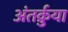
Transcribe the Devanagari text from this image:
अंतर्क्रुया